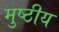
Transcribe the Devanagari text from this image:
मुष्ठीय